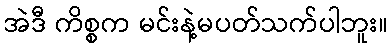
အဲဒီ ကိစ္စက မင်းနဲ့မပတ်သက်ပါဘူး။